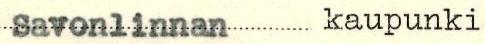
Savonlinnan kaupunki